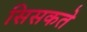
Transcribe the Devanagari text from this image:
सिसकते